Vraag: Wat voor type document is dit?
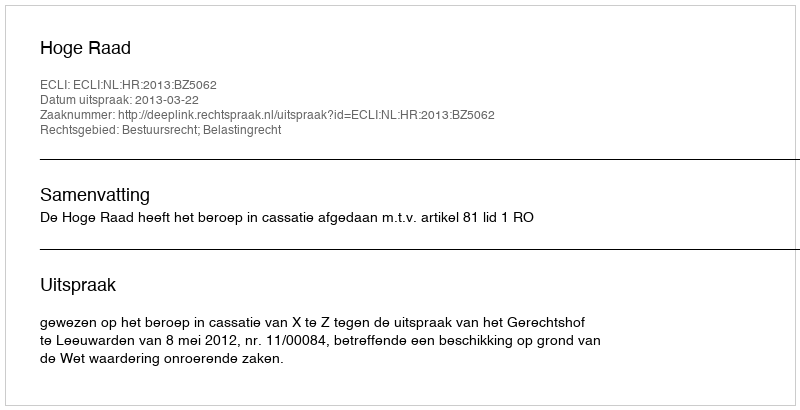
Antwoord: Uitspraak